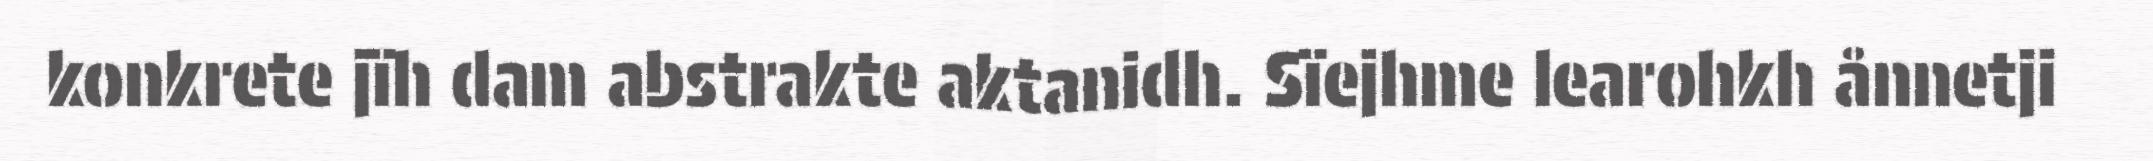
konkrete jïh dam abstrakte aktanidh. Sïejhme learohkh ånnetji